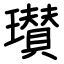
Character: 瓉